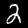
Label: 2